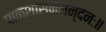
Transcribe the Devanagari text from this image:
पाकशासननन्दनः॥